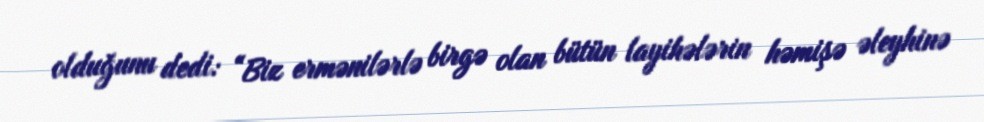
olduğunu dedi: “Biz ermənilərlə birgə olan bütün layihələrin həmişə əleyhinə